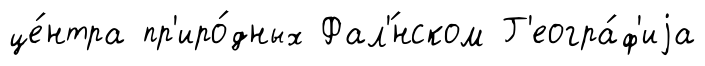
це́нтра пр'иро́дных Фал'́нском Г'еогра́ф'иjа